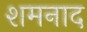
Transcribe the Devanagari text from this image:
शमनाद